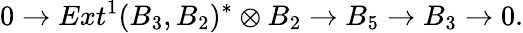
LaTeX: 0\to Ext^{1}(B_{3},B_{2})^{*}\otimes B_{2}\to B_{5}\to B_{3}\to 0.